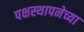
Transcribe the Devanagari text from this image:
पक्षस्थापनेच्या